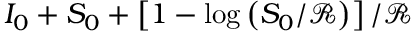
I _ { 0 } + S _ { 0 } + \left[ 1 - \log \left( S _ { 0 } / \mathcal { R } \right) \right] / \mathcal { R }